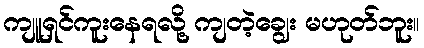
ကျူရှင်ကူးနေရလို့ ကျတဲ့ချွေး မဟုတ်ဘူး။